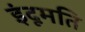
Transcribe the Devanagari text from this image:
इंदूमति